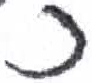
אות: כ